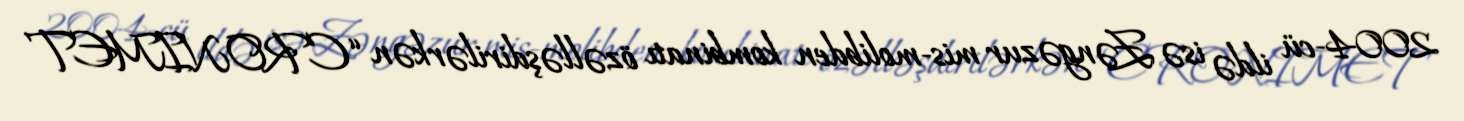
2004-cü ildə isə Zəngəzur mis-molibden kombinatı özəlləşdirilərkən “CRONIMET